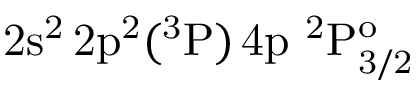
\mathrm { 2 s ^ { 2 } \, 2 p ^ { 2 } ( ^ { 3 } P ) \, 4 p ~ ^ { 2 } P _ { 3 / 2 } ^ { o } }